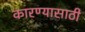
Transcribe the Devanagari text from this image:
कारण्यासाठी